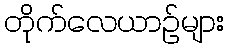
တိုက်လေယာဉ်များ